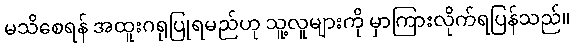
မသိစေရန် အထူးဂရုပြုရမည်ဟု သူ့လူများကို မှာကြားလိုက်ရပြန်သည်။